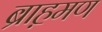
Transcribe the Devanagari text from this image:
ब्राह़मण